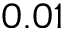
0 . 0 1